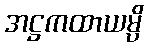
အဋ္ဌကထာယမ္ပိ